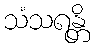
သံသရန္တိ